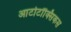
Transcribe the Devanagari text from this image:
आटोटॉक्सिकस